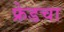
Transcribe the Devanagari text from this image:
फ्रेडचा